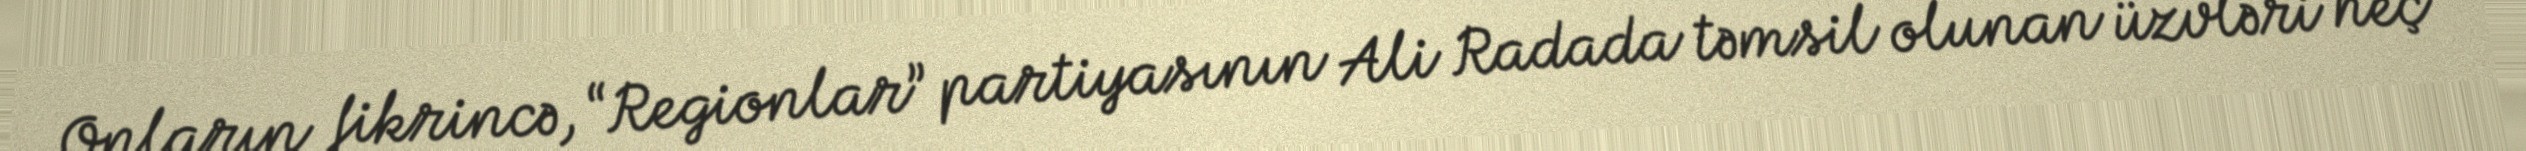
Onların fikrincə, “Regionlar” partiyasının Ali Radada təmsil olunan üzvləri heç